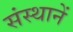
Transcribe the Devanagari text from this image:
संस्थानें